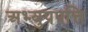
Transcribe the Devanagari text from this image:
अभ्युपपत्ति